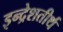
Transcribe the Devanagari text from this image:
इन्द्रेशतीर्थ